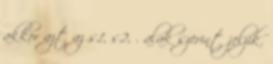
akkor azt az s1, s2, . alak szerint jelzik.